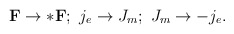
\begin{align*}{\bf F}\rightarrow *{\bf F};\ j_e\rightarrow J_m; \ J_m\rightarrow -j_e.\end{align*}